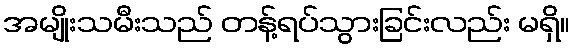
အမျိုးသမီးသည် တန့်ရပ်သွားခြင်းလည်း မရှိ။